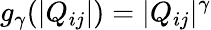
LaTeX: g_{\gamma}(|Q_{ij}|)=|Q_{ij}|^{\gamma}